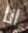
انا